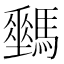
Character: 𩦛